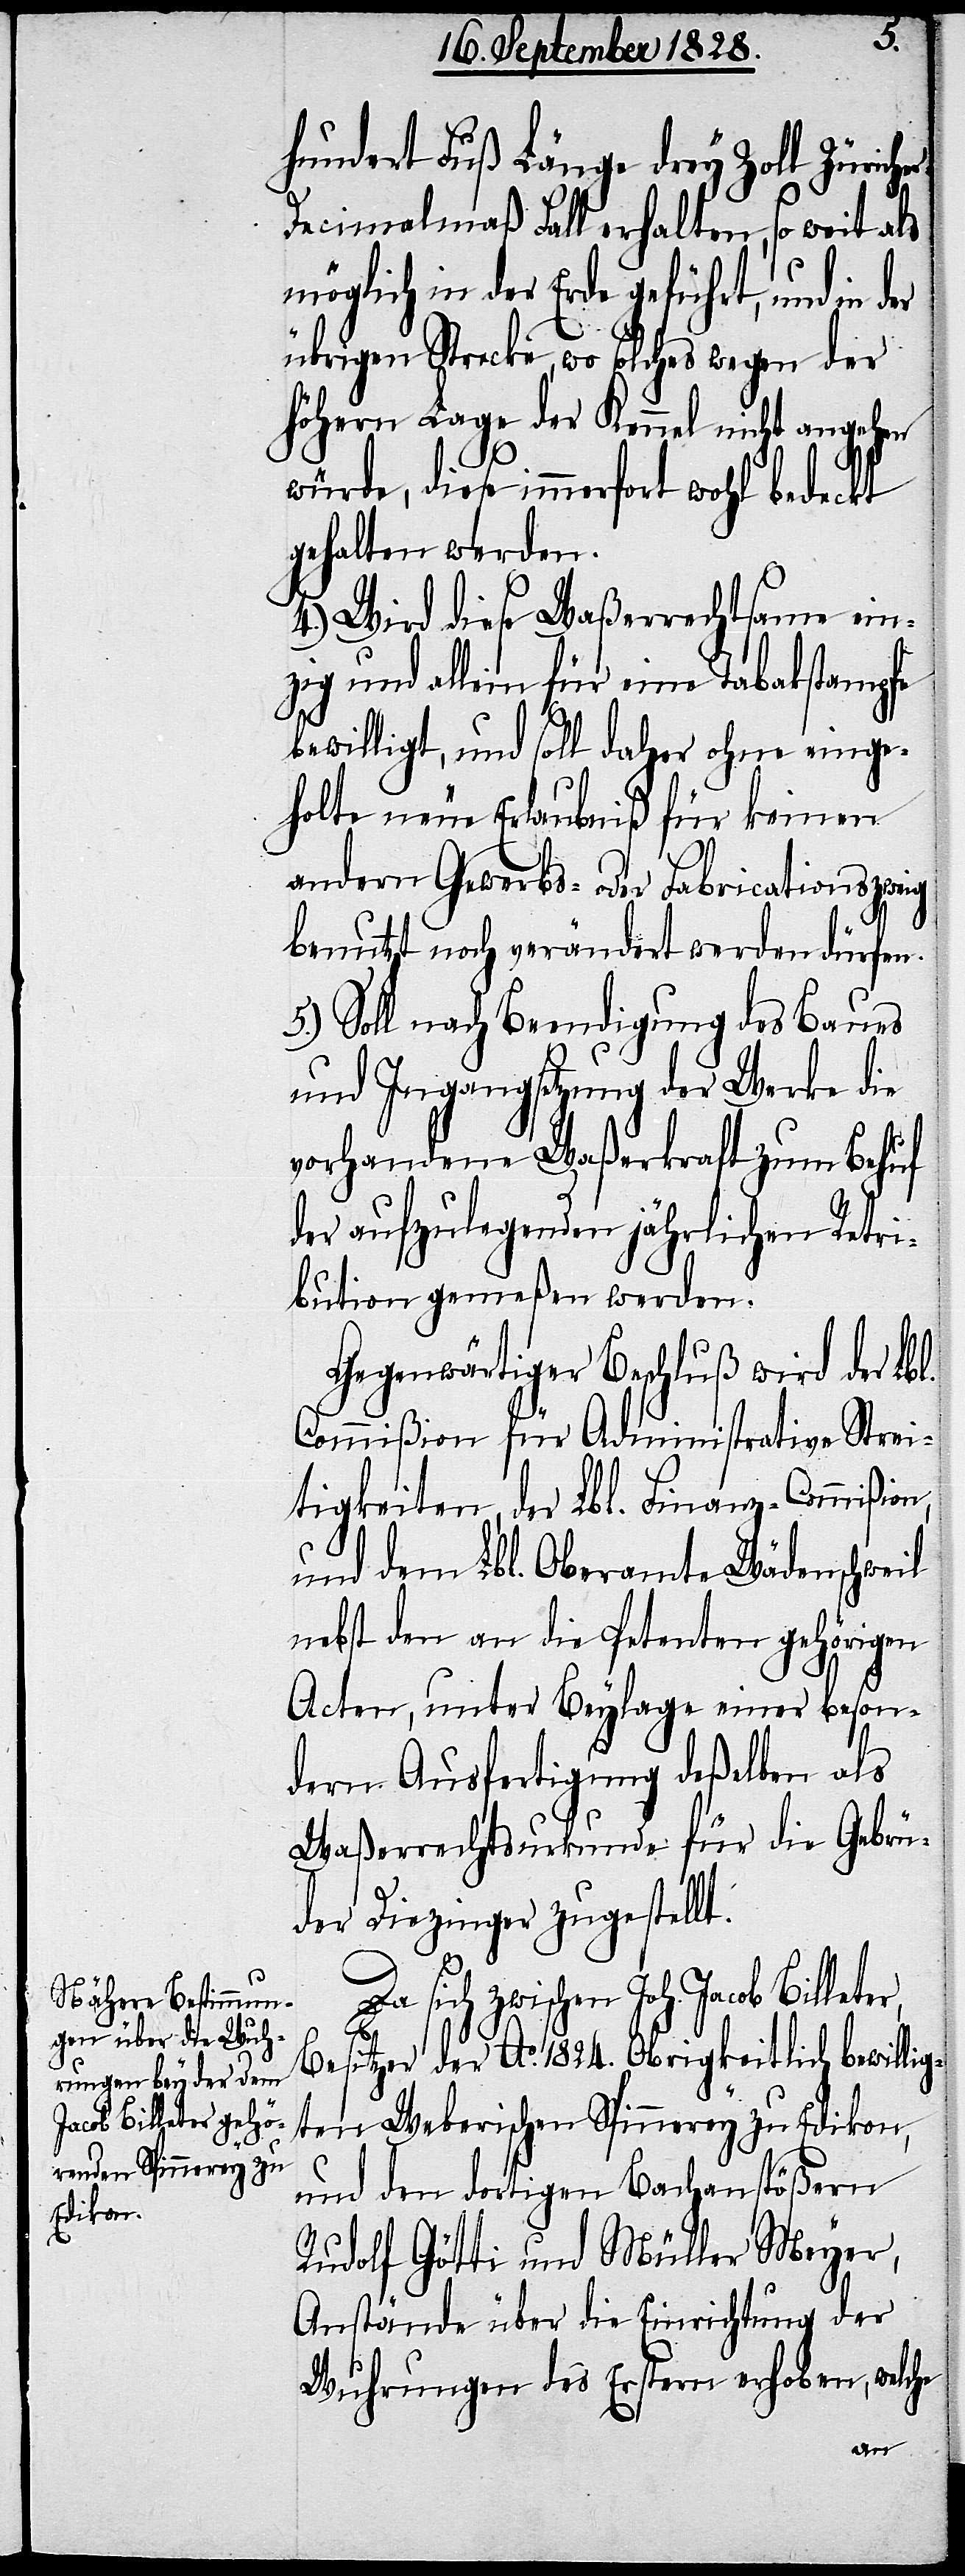
n,

hundert Fuß Länge drey Zoll Zürich¬
Decimalmaß Fall erhalten, so weit als
möglich in der Erde geführt, und in der
übrigen Strecke, wo solches wegen der
höhern Lage der Kennel nicht angehen
würde, diese immerfort wohl bedeckt
gehalten werden.
4.) Wird diese Waßerrechtsame ein¬
zig und allein für eine Tabakstampfe
bewilligt, und soll daher ohne einge¬
holte neue Erlaubniß für keinen
andern Gewerbs- oder Fabricationszweig
benutzt noch verändert werden dürfen.
5.) Soll nach Beendigung des Baues
und Ingangsetzung der Werke die
vorhandene Waßerkraft zum Behuf
der aufzulegenden jährlichen Retri¬
bution gemeßen werden.
Gegenwärtiger Beschluß wird der Lb¬
Commißion für Administrative Strei¬
tigkeiten, der Lbl. Finanz-Commißio¬
und dem Lbl. Oberamte Wädenschweil
nebst den an die Petenten gehörigen
Acten, unter Beylegung einer beson¬
dern Ausfertigung deßelben als
Waßerrechtsurkunde für die Gebrü¬
l.
der Diezinger zugestellt.
Da sich zwischen Joh. Jacob Billeter,
Besitzer der Ao. 1824. Obrigkeitlich bewilli¬
gten Weberischen Spinnerey zu Edikon,
und den dortigen Bachanstößern
Rudolf Götti und Müller Meyer,
Anstände über die Einrichtung der
Wuhrungen des Erstern erhoben, welche